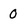
Character: 0